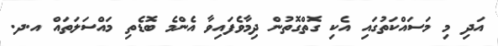
އަދި މި މަސައްކަތުގައި އެކި ގޮތްގޮތުން ދިމާވެފައިވާ އެންމެ ބޮޑެތި މައްސަލަތައް އ.ދ.